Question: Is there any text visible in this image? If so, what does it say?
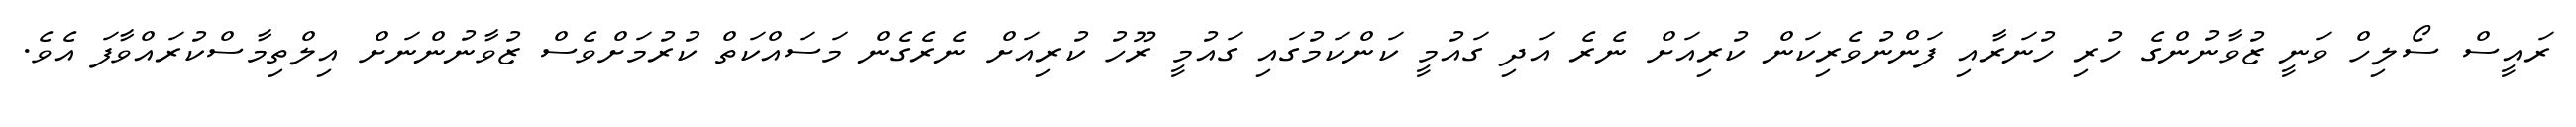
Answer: ރައީސް ސޯލިހް ވަނީ ޒުވާނުންގެ ހުރި ހުނަރާއި ފަންނުވެރިކަން ކުރިއަށް ނެރެ އަދި ގައުމީ ކަންކަމުގައި ގައުމީ ރޫހު ކުރިއަށް ނެރެގެން މަސައްކަތް ކުރުމަށްވެސް ޒުވާނުންނަށް އިލްތިމާސްކުރައްވާފަ އެވެ.